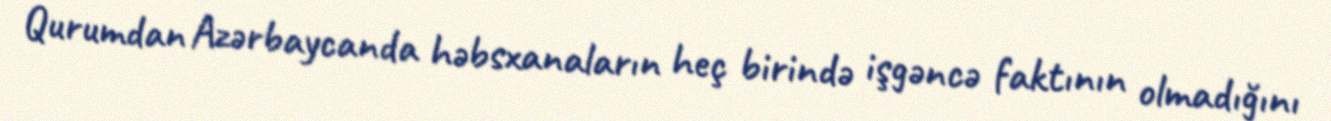
Qurumdan Azərbaycanda həbsxanaların heç birində işgəncə faktının olmadığını